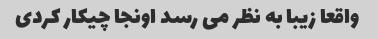
واقعا زیبا به نظر می رسد اونجا چیکار کردی